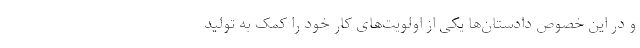
و در این خصوص دادستان‌ها یکی از اولویت‌های کار خود را کمک به تولید